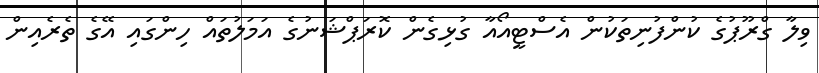
ވިލާ ގްރޫޕުގެ ކުންފުނިތަކުން އެސްޓީއޯއާ ގުޅިގެން ކޮރަޕްޝަނުގެ އަމަލުތައް ހިންގައި އޭގެ ތެރެއިން